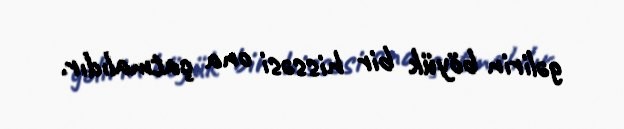
gəlirin böyük bir hissəsi ona çatmalıdır.